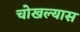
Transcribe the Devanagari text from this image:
चोखल्यास